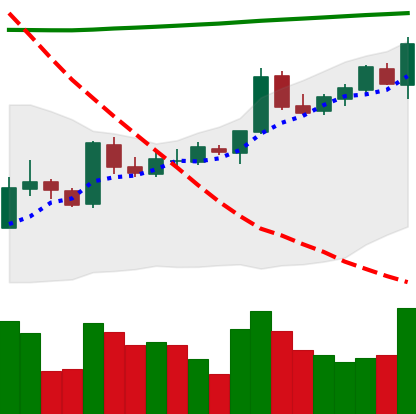
Ticker: BTC-USD
Chart end date: 2015-10-13
Forward return: 4.864%
Label: up_3_5